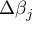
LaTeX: \Delta \beta _ { j }